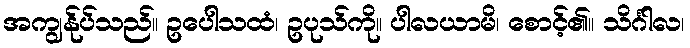
အကျွန်ုပ်သည်။ ဥပေါသထံ၊ ဥပုသ်ကို။ ပါလယာမိ၊ စောင့်၏။ သိင်္ဂါလ၊